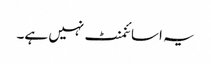
یہ اسائنمنٹ نہیں ہے۔